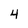
Character: 4